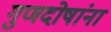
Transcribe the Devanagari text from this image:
गुणदोषांना